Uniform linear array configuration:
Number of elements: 64
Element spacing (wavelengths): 0.75
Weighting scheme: binomial
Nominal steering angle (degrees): -45
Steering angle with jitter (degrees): -43.21
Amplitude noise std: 0.05
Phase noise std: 0.05

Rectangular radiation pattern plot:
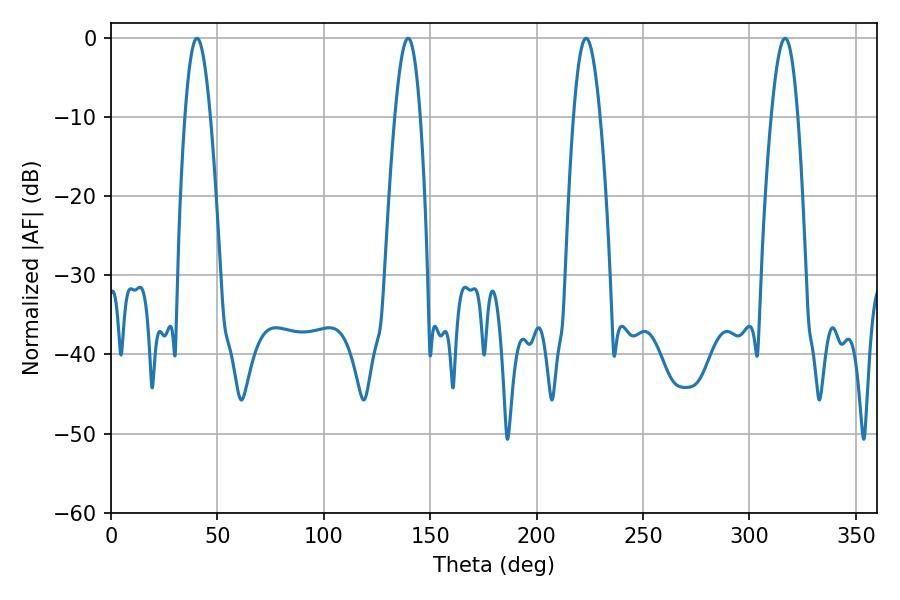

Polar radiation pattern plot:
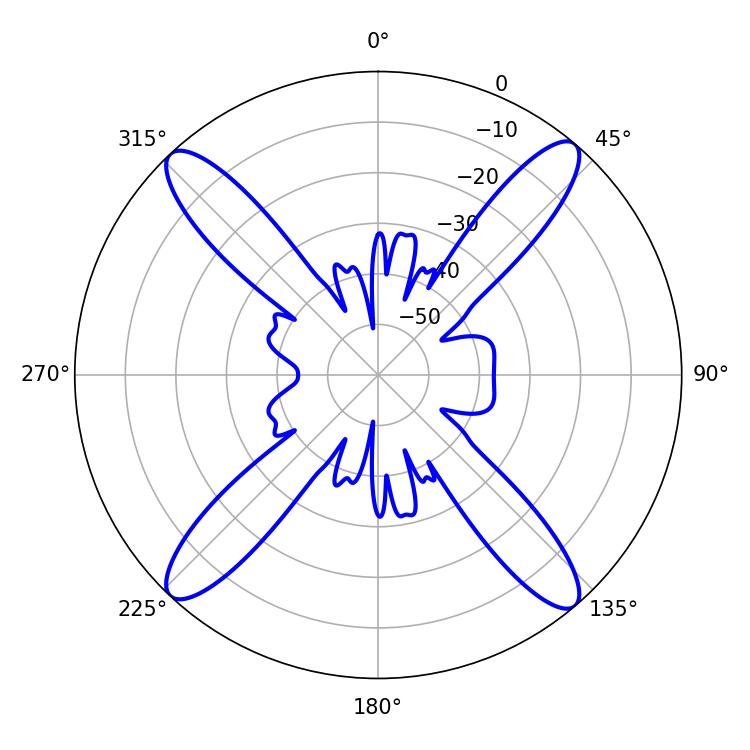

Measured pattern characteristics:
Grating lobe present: TRUE
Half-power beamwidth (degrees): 6.84
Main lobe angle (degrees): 223.2